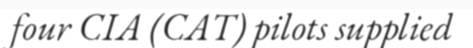
four CIA (CAT) pilots supplied